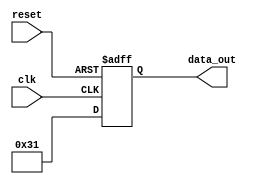
module multiple_iterator_example (
    input clk,
    input reset,
    output reg [7:0] data_out
);

reg [2:0] iterator1;
reg [3:0] iterator2;
reg [4:0] iterator3;

always @(posedge clk or posedge reset) begin
    if (reset) begin
        iterator1 <= 0;
        iterator2 <= 0;
        iterator3 <= 0;
        data_out <= 0;
    end else begin
        for (iterator1 = 0; iterator1 < 8; iterator1 = iterator1 + 1) begin
            for (iterator2 = 0; iterator2 < 16; iterator2 = iterator2 + 2) begin
                for (iterator3 = 0; iterator3 < 32; iterator3 = iterator3 + 4) begin
                    // Perform operations here based on iterators
                    data_out <= iterator1 + iterator2 + iterator3;
                end
            end
        end
    end
end

endmodule